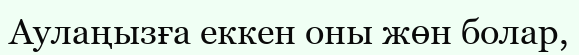
Аулаңызға еккен оны жөн болар,